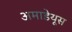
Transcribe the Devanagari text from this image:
अमाडेयूस